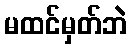
မထင်မှတ်ဘဲ